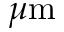
\mu \mathrm { m }